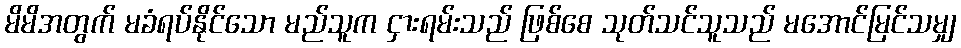
မိမိအတွက် မခံရပ်နိုင်သော မည်သူက ငှားရမ်းသည် ဖြစ်စေ သုတ်သင်သူသည် မအောင်မြင်သမျှ